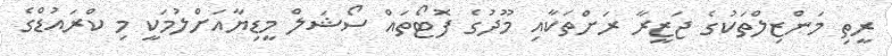
ރީތި މަންޒިލްތަކުގެ ޖަޒީރާ ރަށްތަކާއި މޫދުގެ ފޮޓޯތައް ސޯޝަލް މީޑިޔާއަށްލުމަކީ މި ކްރައުޑްގެ